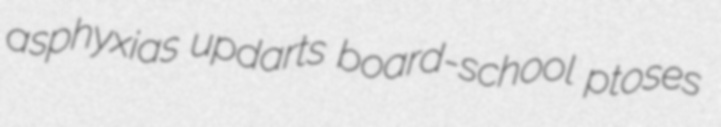
asphyxias updarts board-school ptoses